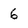
Character: 6